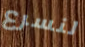
لنسرع